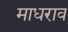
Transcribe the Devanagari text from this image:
माधराव